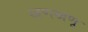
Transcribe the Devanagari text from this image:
खणखणू